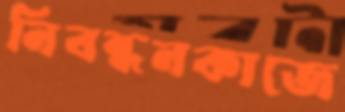
নিবন্ধনকাজে